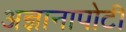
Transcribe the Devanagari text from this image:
अज्ञानापोटी